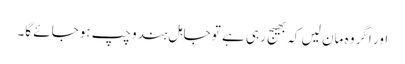
اور اگر وہ مان لیں کہ بھیج رہی ہے تو جاہل ہندو چپ ہوجائے گا۔